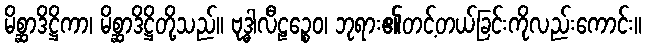
မိစ္ဆာဒိဋ္ဌိကာ၊ မိစ္ဆာဒိဋ္ဌိတို့သည်။ ဗုဒ္ဓါလီဠဉ္စေဝ၊ ဘုရား၏တင့်တယ်ခြင်းကိုလည်းကောင်း။